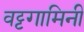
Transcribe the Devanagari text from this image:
वट्टगामिनी